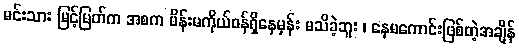
မင်းသား မြင့်မြတ်က အစက မိန်းမကိုယ်ဝန်ရှိနေမှန်း မသိခဲ့ဘူး ၊ နေမကောင်းဖြစ်တဲ့အချိန်